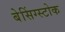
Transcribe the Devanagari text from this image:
बेसिंग्स्टोक